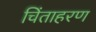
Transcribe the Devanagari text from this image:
चिंताहरण